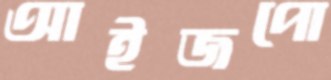
আইজপো